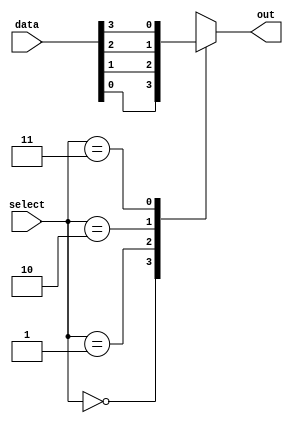
module Mux4x1(input [3:0] data,
	      input [1:0] select,
		output reg out);

always @ (data or select) begin

	case(select)
	2'b00: out = data[0];
	2'b01: out = data[1];
	2'b10: out = data[2];
	2'b11: out = data[3];
	endcase

end

endmodule